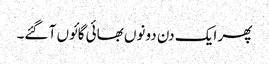
پھر ایک دن دونوں بھائی گائوں آ گئے۔